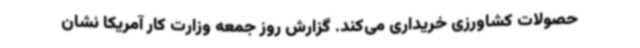
حصولات کشاورزی خریداری می‌کند. گزارش روز جمعه وزارت کار آمریکا نشان